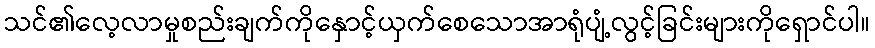
သင်၏လေ့လာမှုစည်းချက်ကိုနှောင့်ယှက်စေသောအာရုံပျံ့လွင့်ခြင်းများကိုရှောင်ပါ။